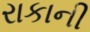
રાકાની